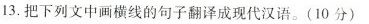
13.把下列文中画横线的句子翻译成现代汉语。(10分)